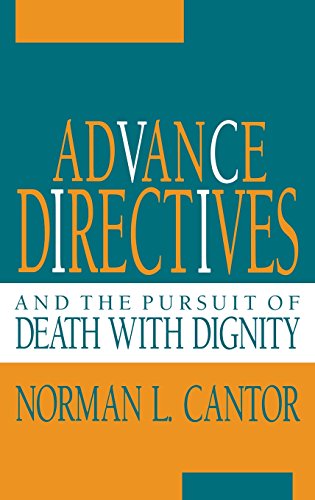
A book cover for Advance Directives and the Pursuit of Death with Dignity (Medical Ethics); Norman L. Cantor; Medical Books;